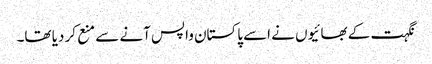
نگہت کے بھائیوں نے اسے پاکستان واپس آنے سے منع کر دیا تھا۔